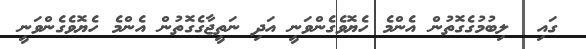
ގައި  ލިބުމުގެގޮތުން އެންމެ ހެޔޮވެގެންވަނީ އަދި ނަތީޖާގެގޮތުން އެންމެ ހެޔޮވެގެންވަނީ